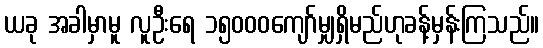
ယခု အခါမှာမူ လူဦးရေ ၁၅၀၀၀ကျော်မျှရှိမည်ဟုခန့်မှန်းကြသည်။